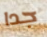
جدا